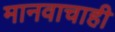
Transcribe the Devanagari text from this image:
मानवाचाही